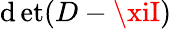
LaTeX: \operatorname*{\mathrm{d}et}(D-\xiI)